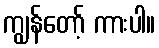
ကျွန်တော့် ကားပါ။